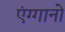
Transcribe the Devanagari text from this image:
एंग्गानो